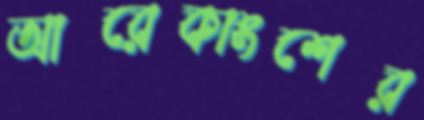
আরেকাংশের